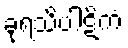
ခုရသိပါဋိကံ